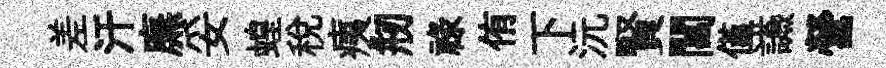
差汗廡妥蝗稅痍剏禄侑下沅賢閶僅讌營